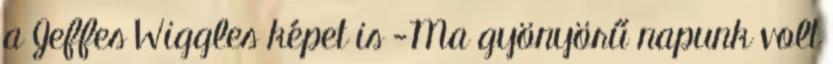
a Jeffes Wiggles képet is -Ma gyönyörű napunk volt